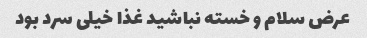
عرض سلام و خسته نباشید غذا خیلی سرد بود